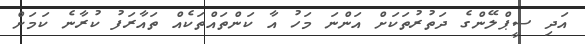
އަދި ސީޕްލޭންގެ ދަތުރުތަކަށް އަންނަ މަހު އާ ކަންތައްތަކެއް ތައާރަފު ކުރާނެ ކަމަށް